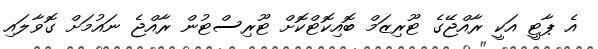
އެ ޕާޓީ އަކީ ރާއްޖޭގެ ޓޫރިޒަމް ބޮއިކޮޓްކޮށް ޓޫރިސްޓުން ރާއްޖެ ނައުމަށް ގޮވާލައި